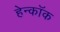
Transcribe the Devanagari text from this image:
हेन्कॉक